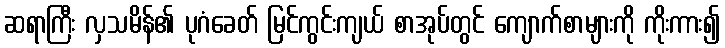
ဆရာကြီး လှသမိန်၏ ပုဂံခေတ် မြင်ကွင်းကျယ် စာအုပ်တွင် ကျောက်စာများကို ကိုးကား၍